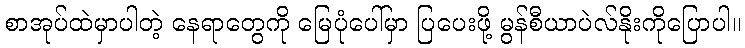
စာအုပ်ထဲမှာပါတဲ့ နေရာတွေကို မြေပုံပေါ်မှာ ပြပေးဖို့ မွန်စီယာပဲလ်နိုးကိုပြောပါ။